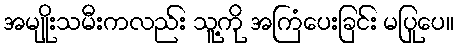
အမျိုးသမီးကလည်း သူ့ကို အကြံပေးခြင်း မပြုပေ။